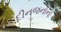
દીનજનોની